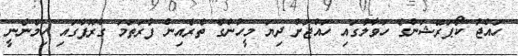
ހައްޖު ކޯޕަރޭޝަންގެ ހަވާލުގައި ހައްޖަށް ދިޔަ މީހުންގެ ތެރެއިން ފުރަތަމަ ގްރޫޕްގައި ހިމެނެނީ